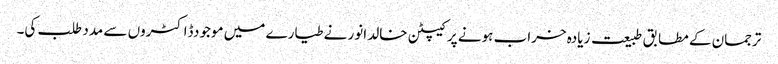
ترجمان کے مطابق طبیعت زیادہ خراب ہونے پر کیپٹن خالد انور نے طیارے میں موجودڈاکٹروں سے مدد طلب کی۔